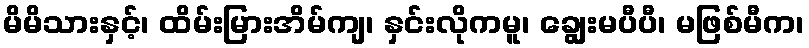
မိမိသားနှင့်၊ ထိမ်းမြားအိမ်ကျ၊ နှင်းလိုကမူ၊ ချွေးမပီပီ၊ မဖြစ်မီက၊